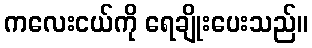
ကလေးငယ်ကို ရေချိုးပေးသည်။